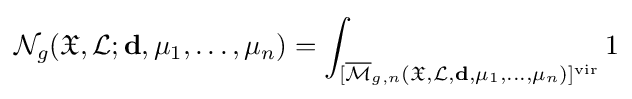
{\mathcal {N}}_{g}({\mathfrak {X}},{\mathcal {L}};\mathbf {d} ,\mu _{1},\dots ,\mu _{n})=\int _{[{\overline {\mathcal {M}}}_{g,n}({\mathfrak {X}},{\mathcal {L}},\mathbf {d} ,\mu _{1},\dots ,\mu _{n})]^{\rm {vir}}}1